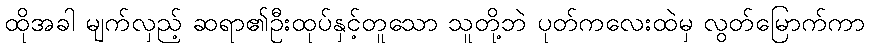
ထိုအခါ မျက်လှည့် ဆရာ၏ဦးထုပ်နှင့်တူသော သူတို့ဘဲ ပုတ်ကလေးထဲမှ လွတ်မြောက်ကာ